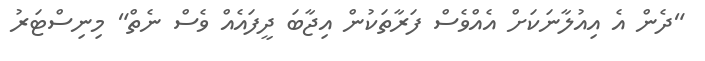
"ދެން އެ އިއުލާނަކަށް އެއްވެސް ފަރާތަކުން އިޖާބަ ދީފައެއް ވެސް ނެތް" މިނިސްޓަރު